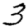
Digit: 3